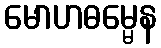
မောဟဓမ္မေန